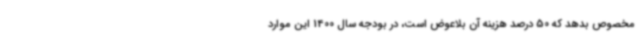
مخصوص بدهد که 50 درصد هزینه آن بلاعوض است، در بودجه سال 1400 این موارد